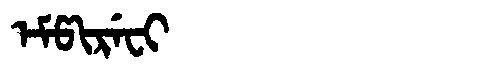
Manchu: ᡝᠮᡦᡳᡵᡝᠸᡳ
Romanization: EMPIREFI